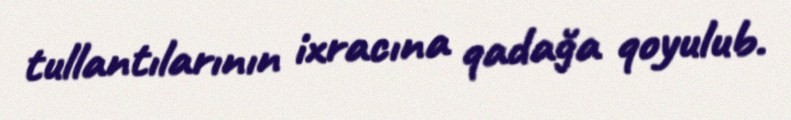
tullantılarının ixracına qadağa qoyulub.